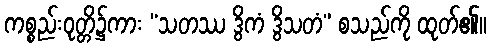
ကစ္စည်းဝုတ္တိ၌ကား “သတဿ ဒွိကံ ဒွိသတံ” စသည်ကို ထုတ်၏။